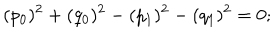
( p _ { 0 } ) ^ { 2 } + ( q _ { 0 } ) ^ { 2 } - ( p _ { 1 } ) ^ { 2 } - ( q _ { 1 } ) ^ { 2 } = 0 ;